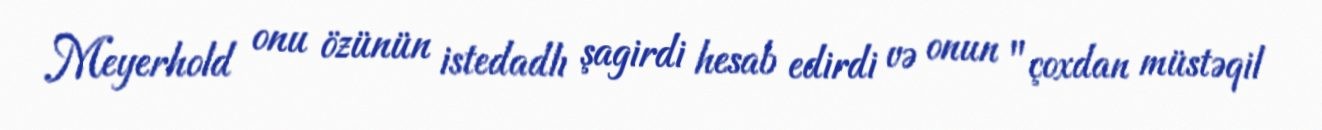
Meyerhold onu özünün istedadlı şagirdi hesab edirdi və onun "çoxdan müstəqil